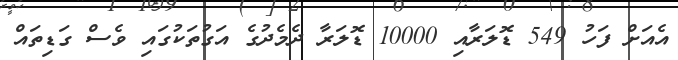
އެއަށް ފަހު 549 ޑޮލަރާއި 10000 ޑޮލަރާ ދެމެދުގެ އަގުތަކުގައި ވެސް ގަޑިތައް